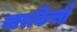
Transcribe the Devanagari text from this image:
नारकिसो